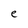
Character: e